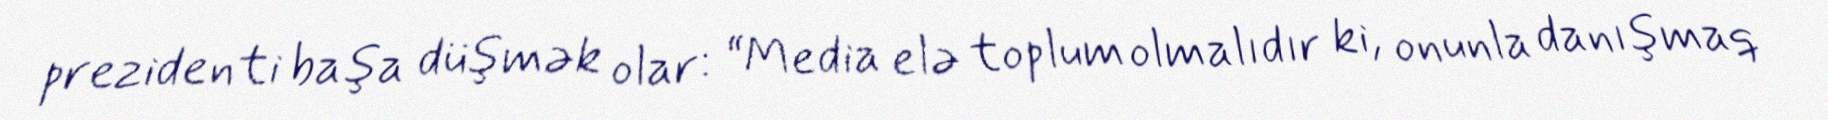
prezidenti başa düşmək olar: “Media elə toplum olmalıdır ki, onunla danışmaq